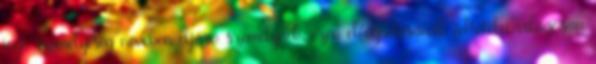
jogi személyiség nevében eljáró személynek, ezen elfogadásának feltételei világosan